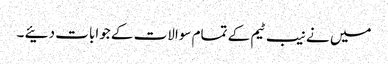
میں نے نیب ٹیم کے تمام سوالات کے جوابات دئیے ۔